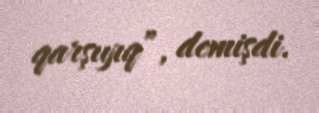
qarşıyıq”, demişdi.